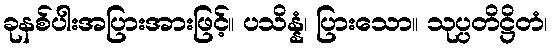
ခုနစ်ပါးအပြားအားဖြင့်။ ပသိန္နံ၊ ပြားသော။ သုပ္ပတိဋ္ဌိတံ၊